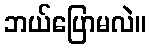
ဘယ်ပြောမလဲ။